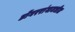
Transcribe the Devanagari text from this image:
डोंगररांगामधील